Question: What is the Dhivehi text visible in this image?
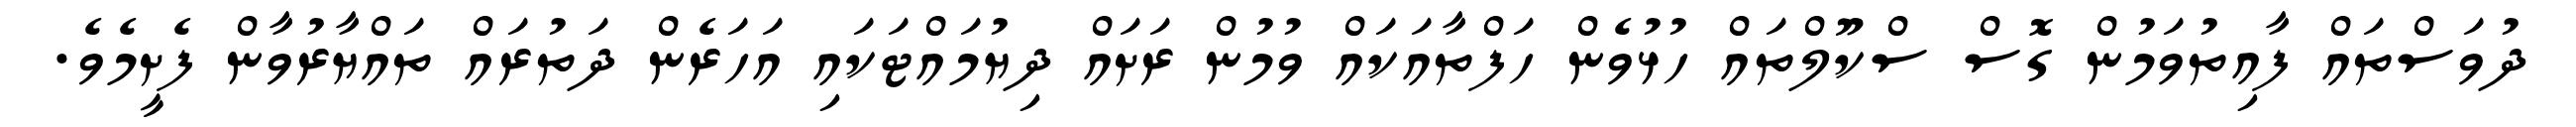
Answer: ދުވަސްތައް ފާއިތުވަމުން ގޮސް ސްކޫލްތައް ހުޅުވެން ހަފްތާއަކައް ވުމުން ރަށައް ދިޔުމައްޓަކައި އަހަރެން ދަތުރައް ތައްޔާރުވާން ފެށީމެވެ.